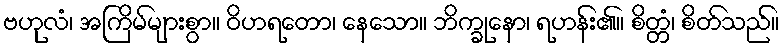
ဗဟုလံ၊ အကြိမ်များစွာ။ ဝိဟရတော၊ နေသော။ ဘိက္ခုနော၊ ရဟန်း၏။ စိတ္တံ၊ စိတ်သည်။